Vaccination in Bombay 1913-1923 - 1913-1923
Year: 1913
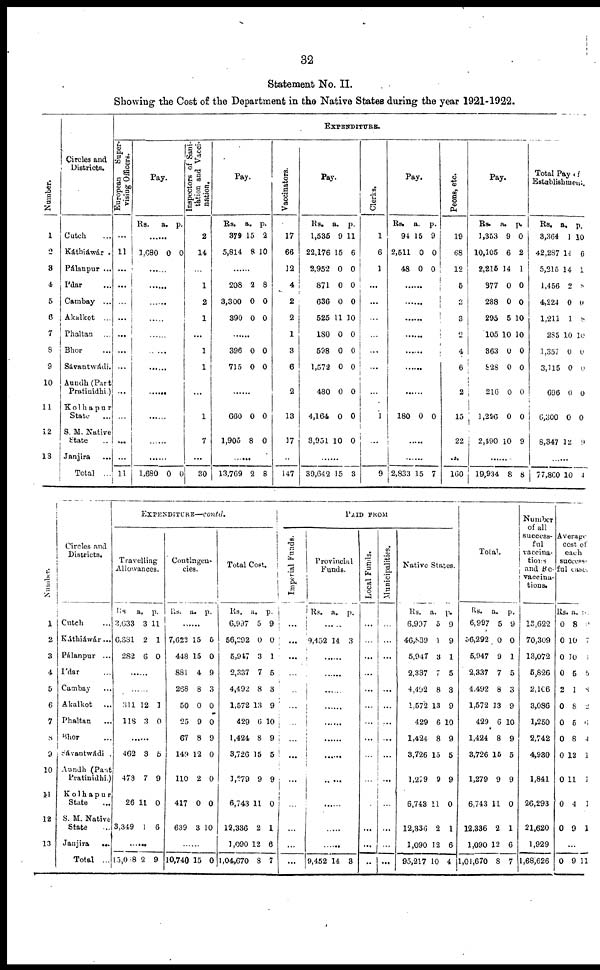
32
Statement No. II.
Showing the Cost of the Department in the Native States during the year 1921-1922.
Number.
1
2
3
4
5
6
7
8
9
10
11
12
13
Circles and
Districts.
Cutch ...
Káthiáwár .
Pálanpur ...
Ídar ...
Cambay ...
Akalkot ...
Phaltan ...
Bhor ...
Sávantwádi.
Aundh (Part
Pratinidhi.)
Kolhapur
State ...
S. M. Native
State ..
Janjira ...
Total ...
EXPENDITURE.
European
Super-
vising Officers.
...
11
...
...
...
...
...
...
...
...
...
...
...
11
Pay.
Rs.
a. p.
......
1,680 0 0
......
......
......
......
......
......
......
......
......
......
......
1,680 0 0
Inspectors of Sani-
tation and Vacci-
nation.
2
14
...
1
2
1
...
1
1
...
1
7
...
30
Pay.
Rs.
379
5,814
a.
15
8
p.
2
10
......
208
3,300
390
2
0
0
8
0
0
......
396
715
0
0
0
0
......
660
1,905
0
8
0
0
......
13,769 2 8
Vaccinators.
17
66
12
4
2
2
1
3
6
2
13
17
...
147
Pay.
Rs.
1,535
22,176
2,952
871
636
525
180
598
1,572
480
4,164
3,951
a.
9
15
0
0
0
11
0
0
0
0
0
10
p.
11
6
0
0
0
10
0
0
0
0
0
0
......
39,642 15 3
Clerks.
1
6
1
...
...
...
...
...
...
...
1
...
...
9
Pay.
Rs.
94
2,511
48
a.
15
0
0
p.
9
0
0
......
......
......
......
......
......
......
180 0 0
......
......
2,833 15 7
Peons, etc.
19
68
12
5
2
3
2
4
6
2
15
22
...
160
Pay.
Rs.
1,353
10,105
2,215
377
288
295
105
363
828
216
1,296
2,490
a.
9
6
14
0
0
5
10
0
0
0
0
10
p.
0
2
1
0
0
10
10
0
0
0
0
9
......
19,934 8 8
Total Pay of
Establishment.
Rs.
3,364
42,287
5,215
1,456
4,224
1,211
285
1,357
3,115
696
6,300
8,347
a.
1
14
14
2
0
1
10
0
0
0
0
12
p.
10
6
1
8
0
8
10
0
0
0
0
9
......
77,860 10 4
Number.
1
2
3
4
5
6
7
8
9
10
11
12
13
Circles and
Districts.
Cutch ...
Káthiáwár ...
Pálanpur ...
Ídar ...
Cambay ...
Akalkot ...
Phaltan
...
Bhor ...
Sávantwádi
Aundh (Pant
Pratinidhi.)
Kolhapur
State ...
S. M. Native
State ...
Janjira
...
Total ...
EXPENDITURE—contd.
Travelling
Allowances.
Rs
3,633
6,381
282
a.
3
2
6
p.
11
1
0
......
......
311
118
12
3
1
0
......
462
473
26
3,349
3
7
11
1
5
9
0
6
......
15,068 2 9
Contingen-
cies.
Rs. a. p.
......
7,622
448
881
268
50
25
67
149
110
417
639
15
15
4
8
0
9
8
12
2
0
3
5
0
9
3
0
0
9
0
0
0
10
......
10,740 15 0
Total Cost.
Rs.
6,997
56,292
5,947
2,337
4,492
1,572
429
1,424
3,726
1,279
6,743
12,336
1,090
1,04,670
a.
5
0
3
7
8
13
6
8
15
9
11
2
12
8
p.
9
0
1
5
3
9
10
9
5
9
0
1
6
7
PAID FROM
Imperial Funds.
...
...
...
...
...
...
...
...
...
...
...
...
...
...
Provincial
Funds.
Rs. a. p.
......
9,452 14 3
......
......
......
......
......
......
......
......
......
......
......
9,452 14 3
Local Funds.
...
...
...
...
...
...
...
...
...
...
...
...
...
...
Municipalities.
...
...
...
...
...
...
...
...
...
...
...
...
...
Native States.
Rs.
6,997
46,839
5,947
2,337
4,492
1,572
429
1,424
3,726
1,279
6,743
12,336
1,090
95,217
a.
5
1
3
7
8
13
6
8
15
9
11
2
12
10
p.
9
9
1
5
3
9
10
9
5
9
0
1
6
4
Total.
Rs.
6,997
56,292
5,947
2,337
4,492
1,572
429
1,424
3,726
1,279
6,743
12,336
1,090
1,01,670
a.
5
0
9
7
8
13
6
8
15
9
11
2
12
8
p.
9
0
1
5
3
9
10
9
5
9
0
1
6
7
Number
of all
success-
ful
vaccina-
tions
and Re-
vaccina-
tions.
13,622
70,309
13,072
5,826
2,106
3,086
1,250
2,742
4,930
1,841
26,293
21,620
1,929
1,68,626
Average
cost of
each
success-
ful case.
Rs.
0
0
0
0
2
0
0
0
0
0
0
0
a.
8
10
10
5
1
8
5
8
12
11
4
9
p.
9
7
1
5
8
2
6
4
1
1
1
1
...
0 9 11